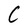
Character: C